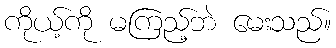
ကိုယ့်ကို မကြည့်ဘဲ မေးသည်။